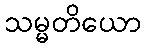
သမ္မတိယော